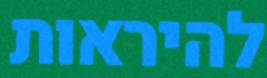
להיראות